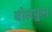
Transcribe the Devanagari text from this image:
वोलफ़्रम